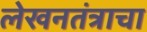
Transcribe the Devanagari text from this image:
लेखनतंत्राचा